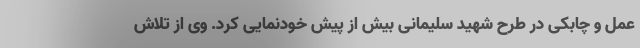
عمل و چابکی در طرح شهید سلیمانی بیش از پیش خودنمایی کرد. وی از تلاش